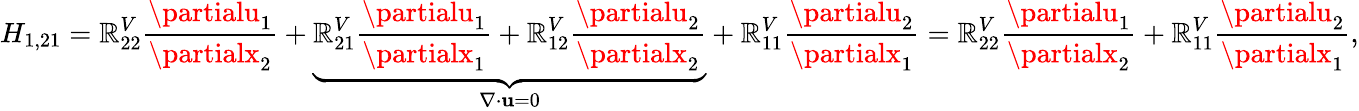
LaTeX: H_{1,21}=\mathbb{R}_{22}^{V}\frac{{\partialu_{1}}}{{\partialx_{2}}}+\underbrace{{\mathbb{R}_{21}^{V}\frac{{\partialu_{1}}}{{\partialx_{1}}}+\mathbb{R}_{12}^{V}\frac{{\partialu_{2}}}{{\partialx_{2}}}}}_{\nabla\cdot\mathbf{{u}}=0}+\mathbb{R}_{11}^{V}\frac{{\partialu_{2}}}{{\partialx_{1}}}=\mathbb{R}_{22}^{V}\frac{{\partialu_{1}}}{{\partialx_{2}}}+\mathbb{R}_{11}^{V}\frac{{\partialu_{2}}}{{\partialx_{1}}},